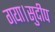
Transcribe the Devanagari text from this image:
गया।सुदीप